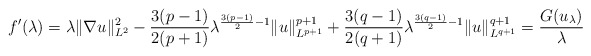
\begin{align*}f'(\lambda) = \lambda \|\nabla u\|^2_{L^2} -\frac{3(p-1)}{2(p+1)} \lambda^{\frac{3(p-1)}{2}-1} \|u\|^{p+1}_{L^{p+1}} + \frac{3(q-1)}{2(q+1)} \lambda^{\frac{3(q-1)}{2}-1} \|u\|^{q+1}_{L^{q+1}} = \frac{G(u_\lambda)}{\lambda}\end{align*}